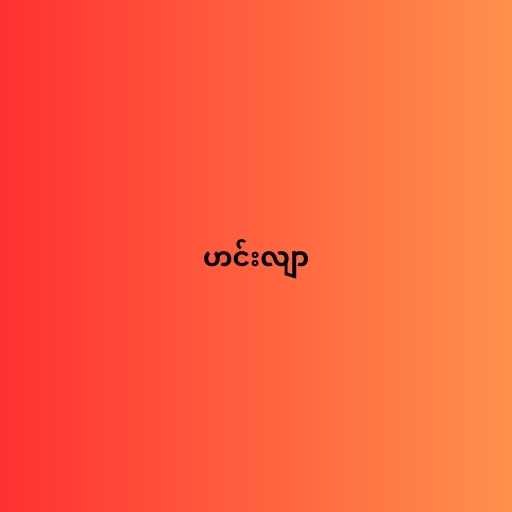
ဟင်းလျာ